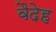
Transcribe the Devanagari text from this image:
वैदेह